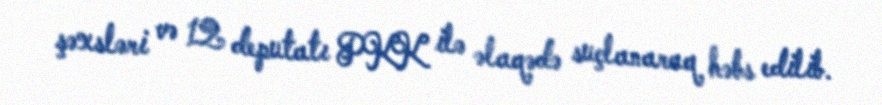
şəxsləri və 12 deputatı PKK ilə əlaqədə suçlanaraq həbs edilib.